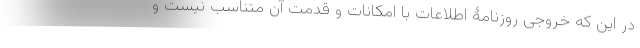
در این که خروجی روزنامۀ اطلاعات با امکانات و قدمت آن متناسب نیست و